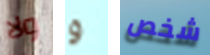
ولا و شخص